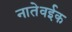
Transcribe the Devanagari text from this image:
नातेवईक